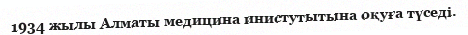
1934 жылы Алматы медицина инистутытына оқуға түседі.